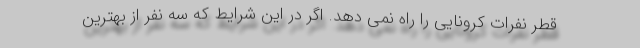
قطر نفرات کرونایی را راه نمی دهد. اگر در این شرایط که سه نفر از بهترین